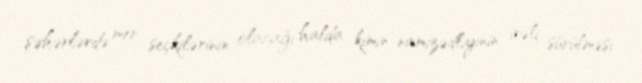
şəhərlərdə mer seçkilərinin olacağı halda kimin namizədliyinin irəli sürülməsi